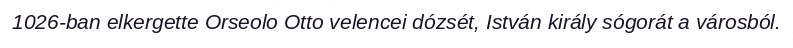
1026-ban elkergette Orseolo Otto velencei dózsét, István király sógorát a városból.